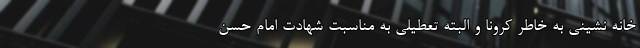
خانه نشینی به خاطر کرونا و البته تعطیلی به مناسبت شهادت امام حسن